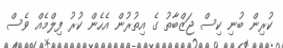
ކުރިން ބުނި ކިސް ޖަޒްބާތު ގެ އިތުރުން އެހެން ކުރު ފިލްމެއް ވެސް